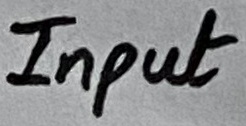
Text: Input